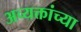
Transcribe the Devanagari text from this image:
अव्यक्तांच्या